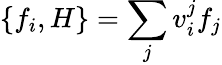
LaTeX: \{ f_{i},H\} =\sum_{j}v_{i}^{j}f_{j}